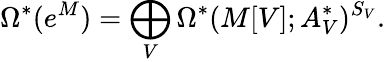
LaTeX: \Omega^{*}(e^{M})=\bigoplus_{V}\Omega^{*}(M[V];A_{V}^{*})^{S_{V}}.